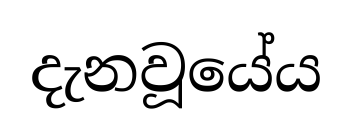
දැනවූයේය